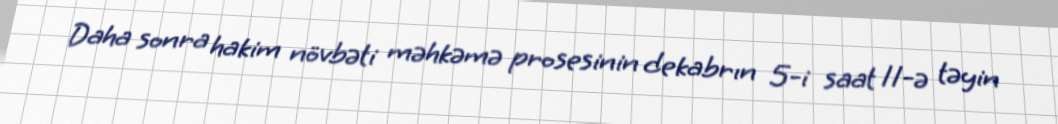
Daha sonra hakim növbəti məhkəmə prosesinin dekabrın 5-i saat 11-ə təyin